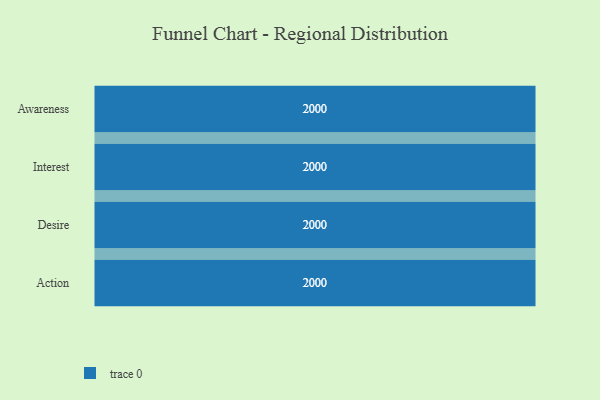
{"axis": {"x": "Stage", "y": "Value"}, "legend": [""], "data": [{"x": "Awareness", "y": 2000, "type": ""}, {"x": "Interest", "y": 2000, "type": ""}, {"x": "Desire", "y": 2000, "type": ""}, {"x": "Action", "y": 2000, "type": ""}]}